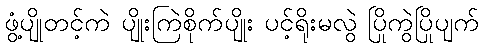
ဖွံ့ပျိုတင့်ကဲ ပျိုးကြဲစိုက်ပျိုး ပင့်ရိုးမလွဲ ပြိုကွဲပြိုပျက်